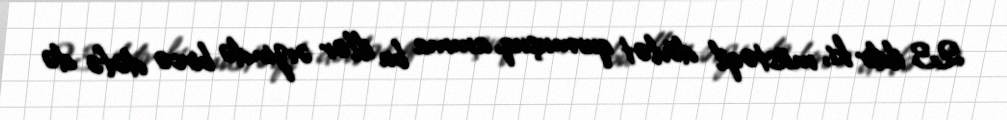
23 ildir ki, müstəqil dövlət qurmuşuq, amma bu illər ərzində bircə dəfə də